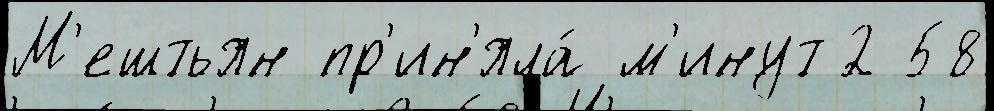
М'ештьян пр'ин'яла́ м'инут2 58